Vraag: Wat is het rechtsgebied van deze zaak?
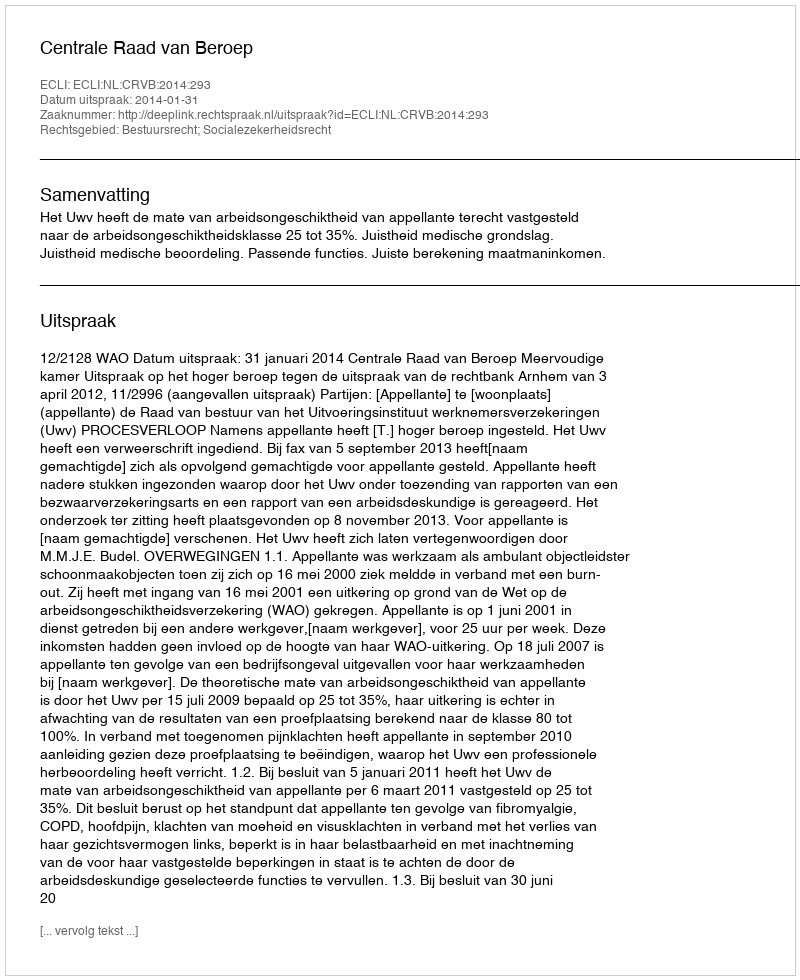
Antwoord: Bestuursrecht; Socialezekerheidsrecht